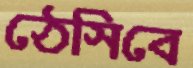
ঠেসিবে